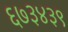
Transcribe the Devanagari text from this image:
६७३४३९